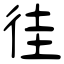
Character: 徍